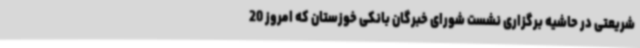
شریعتی در حاشیه برگزاری نشست شورای خبرگان بانکی خوزستان که امروز 20